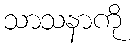
သာသနာကို